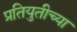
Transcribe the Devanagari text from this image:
प्रतियुतीच्या